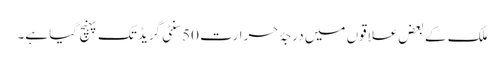
ملک کے بعض علاقوں میں درجۂ حرارت 50 سنٹی گریڈ تک پہنچ گیا ہے۔